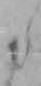
た